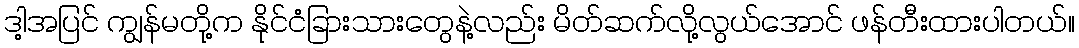
ဒါ့အပြင် ကျွန်မတို့က နိုင်ငံခြားသားတွေနဲ့လည်း မိတ်ဆက်လို့လွယ်အောင် ဖန်တီးထားပါတယ်။